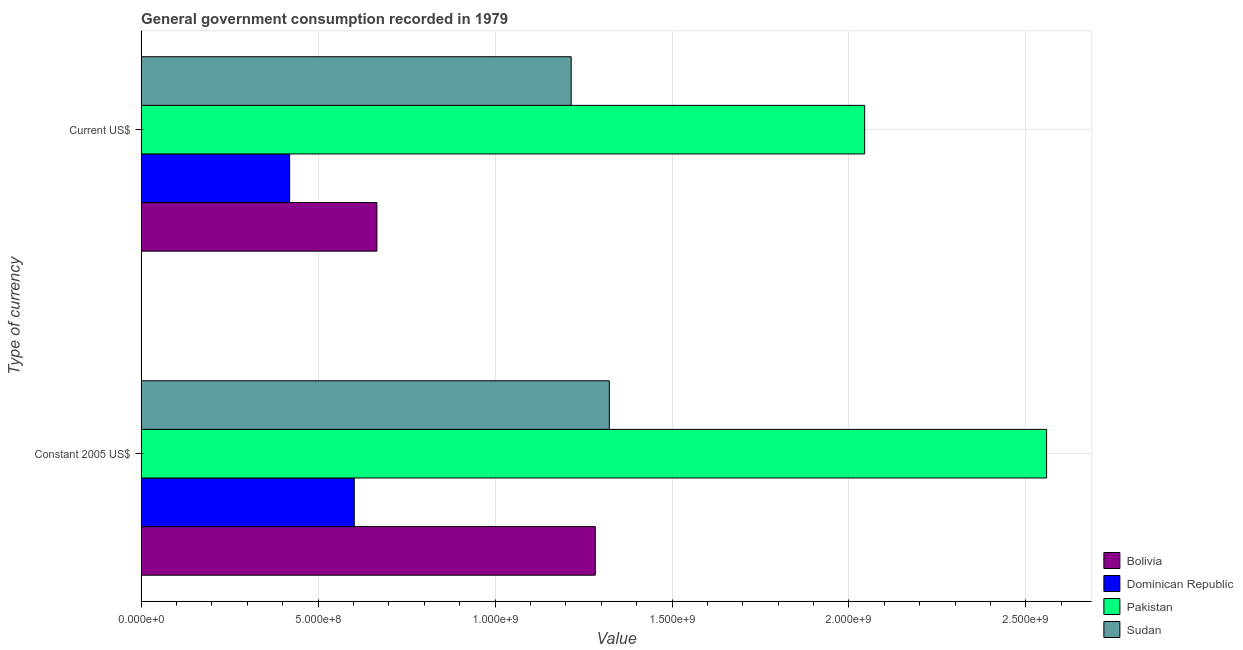
| Type of currency | Bolivia | Dominican Republic | Pakistan | Sudan |
 | --- | --- | --- | --- | --- |
 | Constant 2005 US$ | 1.28e+09 | 6.02e+08 | 2.56e+09 | 1.32e+09 |
 | Current US$ | 6.66e+08 | 4.2e+08 | 2.04e+09 | 1.22e+09 |